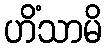
ဟိံသာမိ